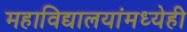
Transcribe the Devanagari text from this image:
महाविद्यालयांमध्येही